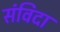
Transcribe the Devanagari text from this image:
संविदा